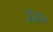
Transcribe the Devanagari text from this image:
युद्धज